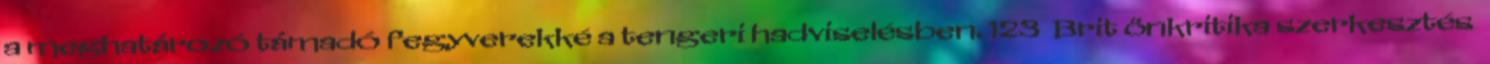
a meghatározó támadó fegyverekké a tengeri hadviselésben. 123 Brit önkritika szerkesztés